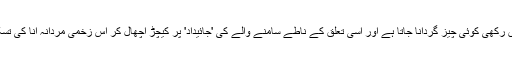
وقت کے ساتھ سمجھ کچھ یوں آئی کہ یہاں عورت ذات کو اپنی ملکیت میں رکھی کوئی چیز گردانا جاتا ہے اور اسی تعلق کے ناطے سامنے والے کی 'جائیداد' پر کیچڑ اچھال کر اُس زخمی مردانہ انا کی تسکین کا سامان کیا جاتا ہے جو مجروح ہونے کا بہانہ ہی تراشتی رہتی ہے۔